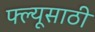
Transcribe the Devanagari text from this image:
फ्ल्यूसाठी